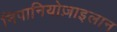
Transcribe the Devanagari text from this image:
निपानियोज़ाइलान